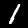
Digit: 1